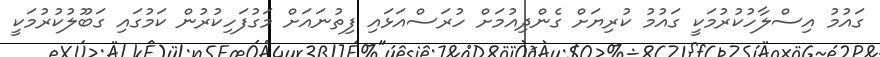
ގައުމު އިސްލާހުކުރުމަކީ ގައުމު ކުރިޔަށް ގެންދިއުމަށް ހުރަސްއަޅައި ފިތުނައަށް މަގުފަހިކުރުން ކަމުގައި ގަބޫލުކުރުމަކީ